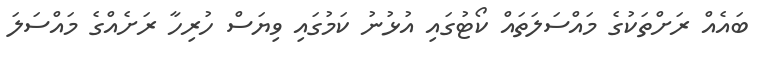
ބައެއް ރަށްތަކުގެ މައްސަލަތައް ކޯޓުގައި އުޅުނު ކަމުގައި ވިޔަސް ހުރިހާ ރަށެއްގެ މައްސަލަ